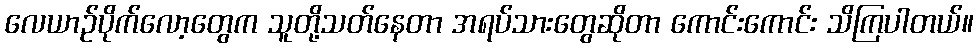
လေယာဉ်ပိုက်လော့တွေက သူတို့သတ်နေတာ အရပ်သားတွေဆိုတာ ကောင်းကောင်း သိကြပါတယ်။